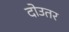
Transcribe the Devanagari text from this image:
दोउतर